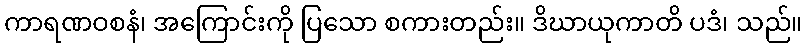
ကာရဏဝစနံ၊ အကြောင်းကို ပြသော စကားတည်း။ ဒိဃာယုကာတိ ပဒံ၊ သည်။